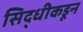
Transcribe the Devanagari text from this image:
सिद्धीकडून